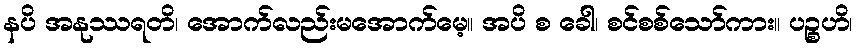
နပိ အနုဿရတိ၊ အောက်လည်းမအောက်မေ့။ အပိ စ ခေါ၊ စင်စစ်သော်ကား။ ပဉ္စဟိ၊